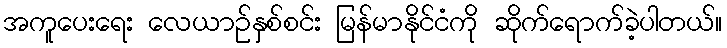
အကူပေးရေး လေယာဉ်နှစ်စင်း မြန်မာနိုင်ငံကို ဆိုက်ရောက်ခဲ့ပါတယ်။